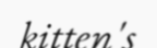
kitten's